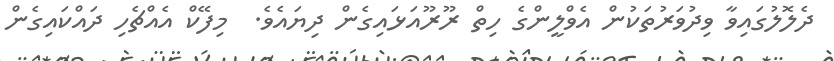
ދެލޮލުގައިވާ ވިދުވަރުތަކުން އެވްލީންގެ ހިތް ރޫރޫއަޅައިގެން ދިޔައެވެ.  މިފޭކް އެއްޗެހި ދައްކައިގެން